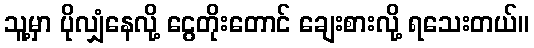
သူ့မှာ ပိုလျှံနေလို့ ငွေတိုးတောင် ချေးစားလို့ ရသေးတယ်။